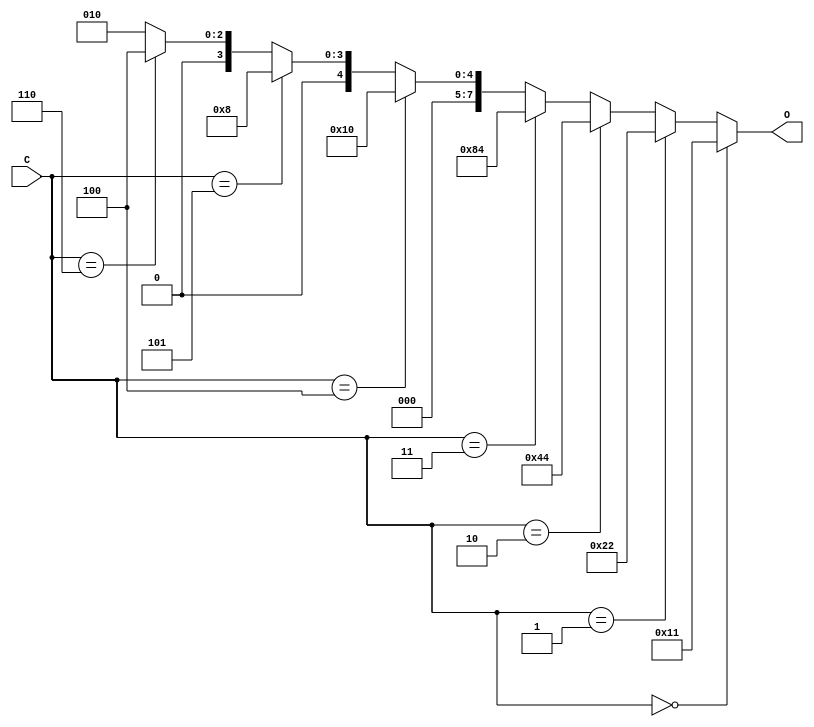
module decoder_3_to_8_1202212ferdous (
input [2:0] C,
output [7:0] O
);
assign O = (C == 3'b000) ? 8'b00010001 :
(C == 3'b001) ? 8'b00100010 :
(C == 3'b010) ? 8'b01000100 :
(C == 3'b011) ? 8'b10000100 :
(C == 3'b100) ? 8'b00010000 :
(C == 3'b101) ? 8'b00001000 :
(C == 3'b110) ? 8'b00000100 :
8'b00000010;
endmodule